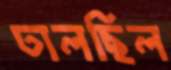
ঢালছিল